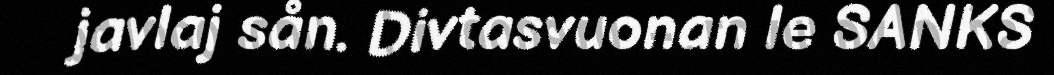
javlaj sån. Divtasvuonan le SANKS